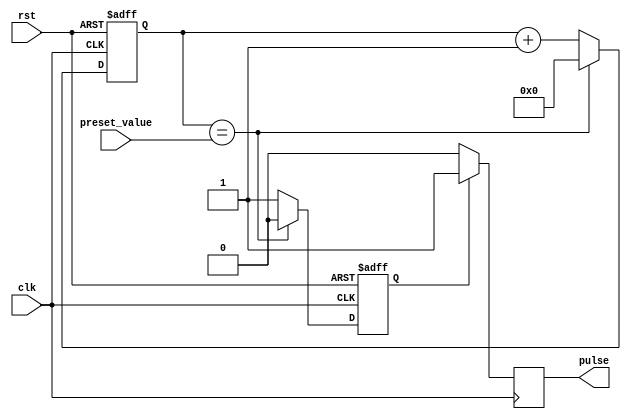
module variable_pulse_width_generator (
    input wire clk,
    input wire rst,
    input wire [7:0] preset_value,
    output reg pulse
);

reg [7:0] counter;
reg pulse_synced;

always @(posedge clk or posedge rst) begin
    if (rst) begin
        counter <= 8'b0;
        pulse_synced <= 1'b0;
    end else begin
        if (counter == preset_value) begin
            counter <= 8'b0;
            pulse_synced <= 1'b0;
        end else begin
            counter <= counter + 1;
            pulse_synced <= 1'b1;
        end
    end
end

always @(posedge clk) begin
    if (pulse_synced) begin
        pulse <= 1'b1;
    end else begin
        pulse <= 1'b0;
    end
end

endmodule